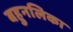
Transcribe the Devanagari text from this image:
बहुनलिका